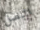
البصل